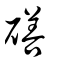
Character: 磰